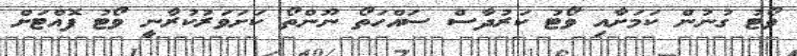
ވޯޓު ގުނުން ކަމަށާއި ވޯޓު ކަރުދާސް ސައްހަތޯ ނޫންތޯ ކަށަވަރުކުރާނީ ވޯޓު ފޮއްޓަށް